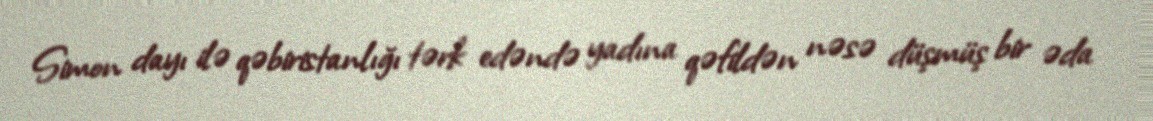
Simon dayı ilə qəbiristanlığı tərk edəndə yadına qəfildən nəsə düşmüş bir əda